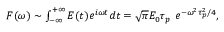
\begin{array} { r } { F ( \omega ) \sim \int _ { - \infty } ^ { + \infty } E ( t ) e ^ { i \omega t } d t = \sqrt { \pi } E _ { 0 } \tau _ { p } \ e ^ { - \omega ^ { 2 } \tau _ { p } ^ { 2 } / 4 } , } \end{array}